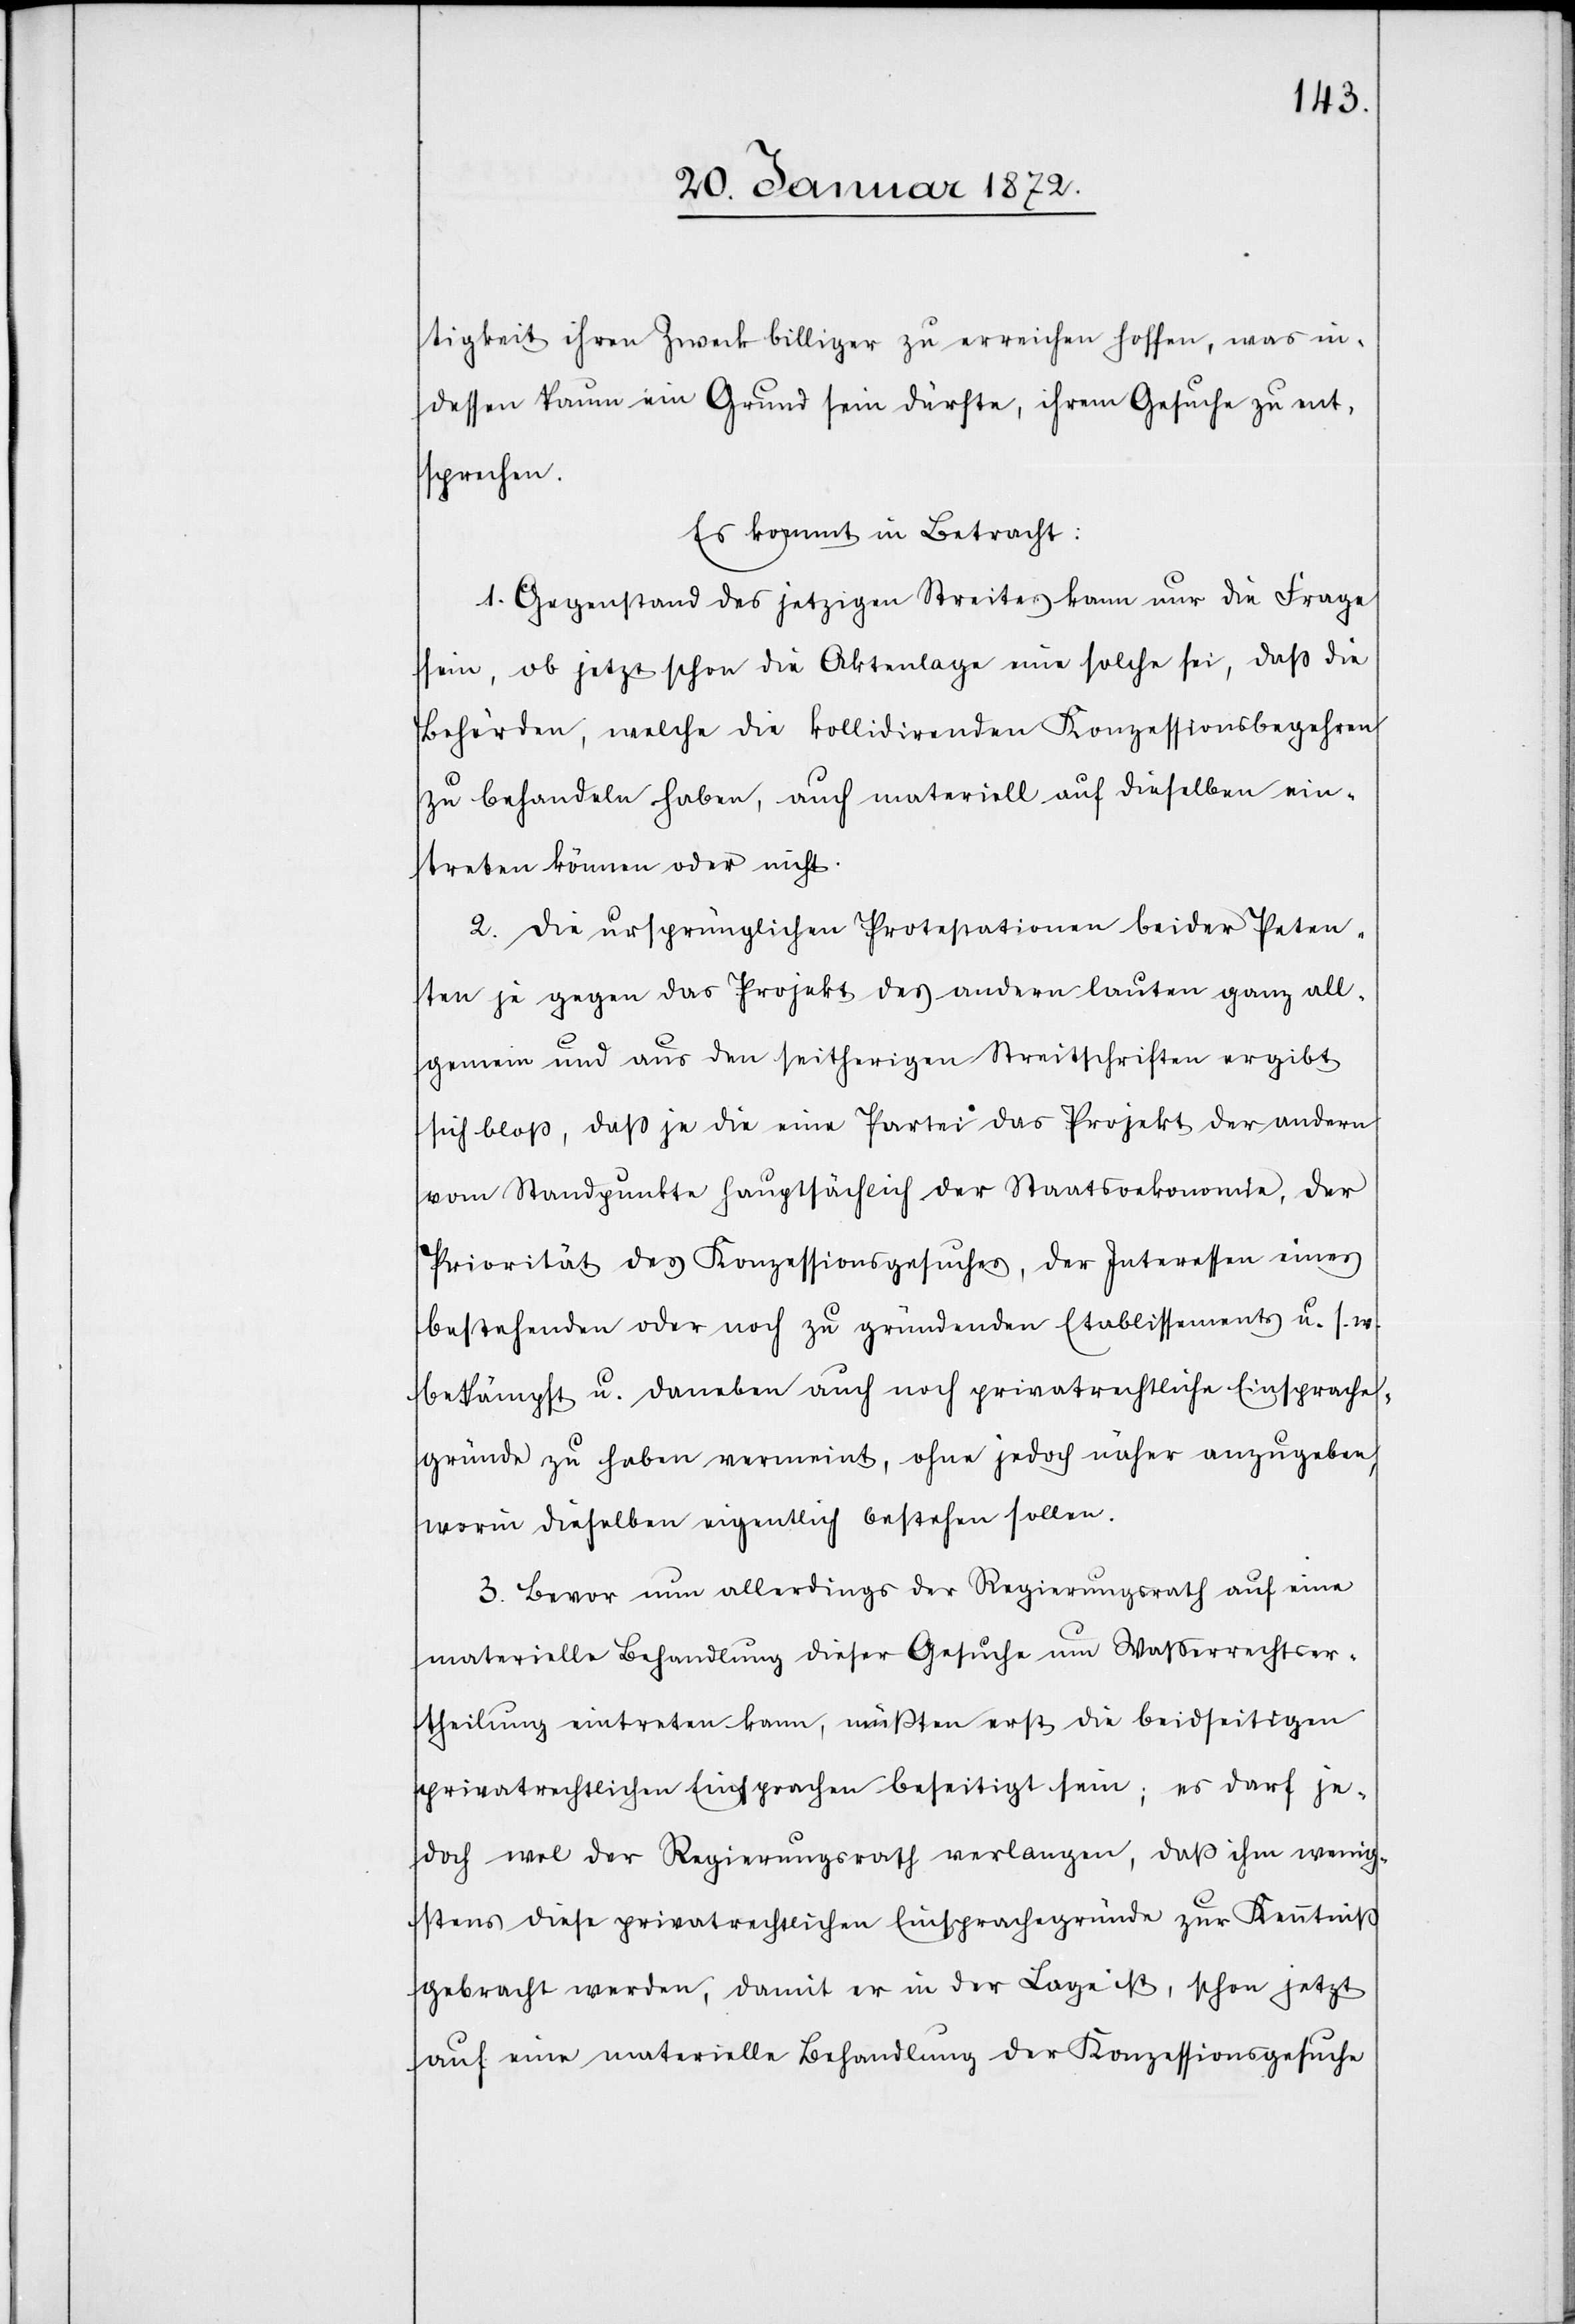
tigkeit ihren Zweck billiger zu erreichen hoffen, was in¬
dessen kaum ein Grund sein dürfte, ihrem Gesuche zu ent¬
sprechen.
Es kommt in Betracht:
1. Gegenstand des jetzigen Streites kann nur die Frage
sein, ob jetzt schon die Aktenlage eine solche sei, daß die
Behörden, welche die kollidirenden Konzessionsbegehren
zu behandeln haben, auch materiell auf dieselben ein¬
treten können oder nicht.
2. Die ursprünglichen Protestationen beider Peten¬
ten je gegen das Projekt des andern lauten ganz all¬
gemein und aus den seitherigen Streitschriften ergibt
sich bloß, daß je die eine Partei das Projekt der andern
vom Standpunkte hauptsächlich der Staatsoekonomie, der
Priorität des Konzessionsgesuches, der Interessen eines
bestehenden oder noch zu gründenden Etablissements u. s. w.
bekämpft u. daneben auch noch privatrechtliche Einsprache¬
gründe zu haben vermeint, ohne jedoch näher anzugeben,
worin dieselben eigentlich bestehen sollen.
3. Bevor nun allerdings der Regierungsrath auf eine
materielle Behandlung dieser Gesuche um Wasserrechtser¬
theilung eintreten kann, müßten erst die beidseitigen
privatrechtlichen Einsprachen beseitigt sein; es darf je¬
doch wol der Regierungsrath verlangen, daß ihm wenig¬
stens diese privatrechtlichen Einsprachegründe zur Kenntniß
gebracht werden, damit er in der Lage ist, schon jetzt
auf eine materielle Behandlung der Konzessionsgesuche